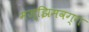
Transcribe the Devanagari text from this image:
मज्झिमवग्ग